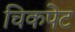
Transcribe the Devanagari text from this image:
चिकपेट